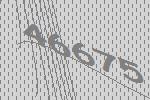
46675